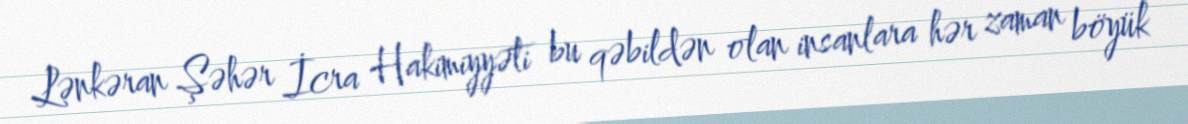
Lənkəran Şəhər İcra Hakimiyyəti bu qəbildən olan insanlara hər zaman böyük